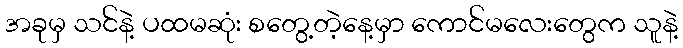
အခုမှ သင်နဲ့ ပထမဆုံး စတွေ့တဲ့နေ့မှာ ကောင်မလေးတွေက သူနဲ့